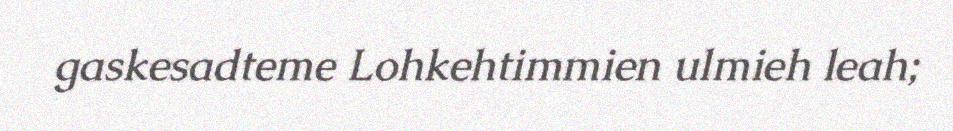
gaskesadteme Lohkehtimmien ulmieh leah;